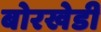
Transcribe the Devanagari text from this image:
बोरखेडी